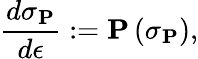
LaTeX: \frac{d\mathbf{\sigma}_{\mathbf{P}}}{d\epsilon}:=\mathbf{P}\left(\mathbf{\sigma}_{\mathbf{P}}\right),